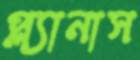
প্ল্যানাস